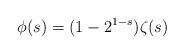
LaTeX: \begin{align*}\phi(s) = (1-2^{1-s})\zeta(s)\end{align*}